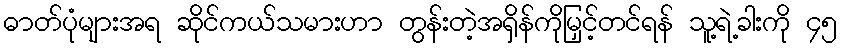
ဓာတ်ပုံများအရ ဆိုင်ကယ်သမားဟာ တွန်းတဲ့အရှိန်ကိုမြှင့်တင်ရန် သူ့ရဲ့ခါးကို ၄၅